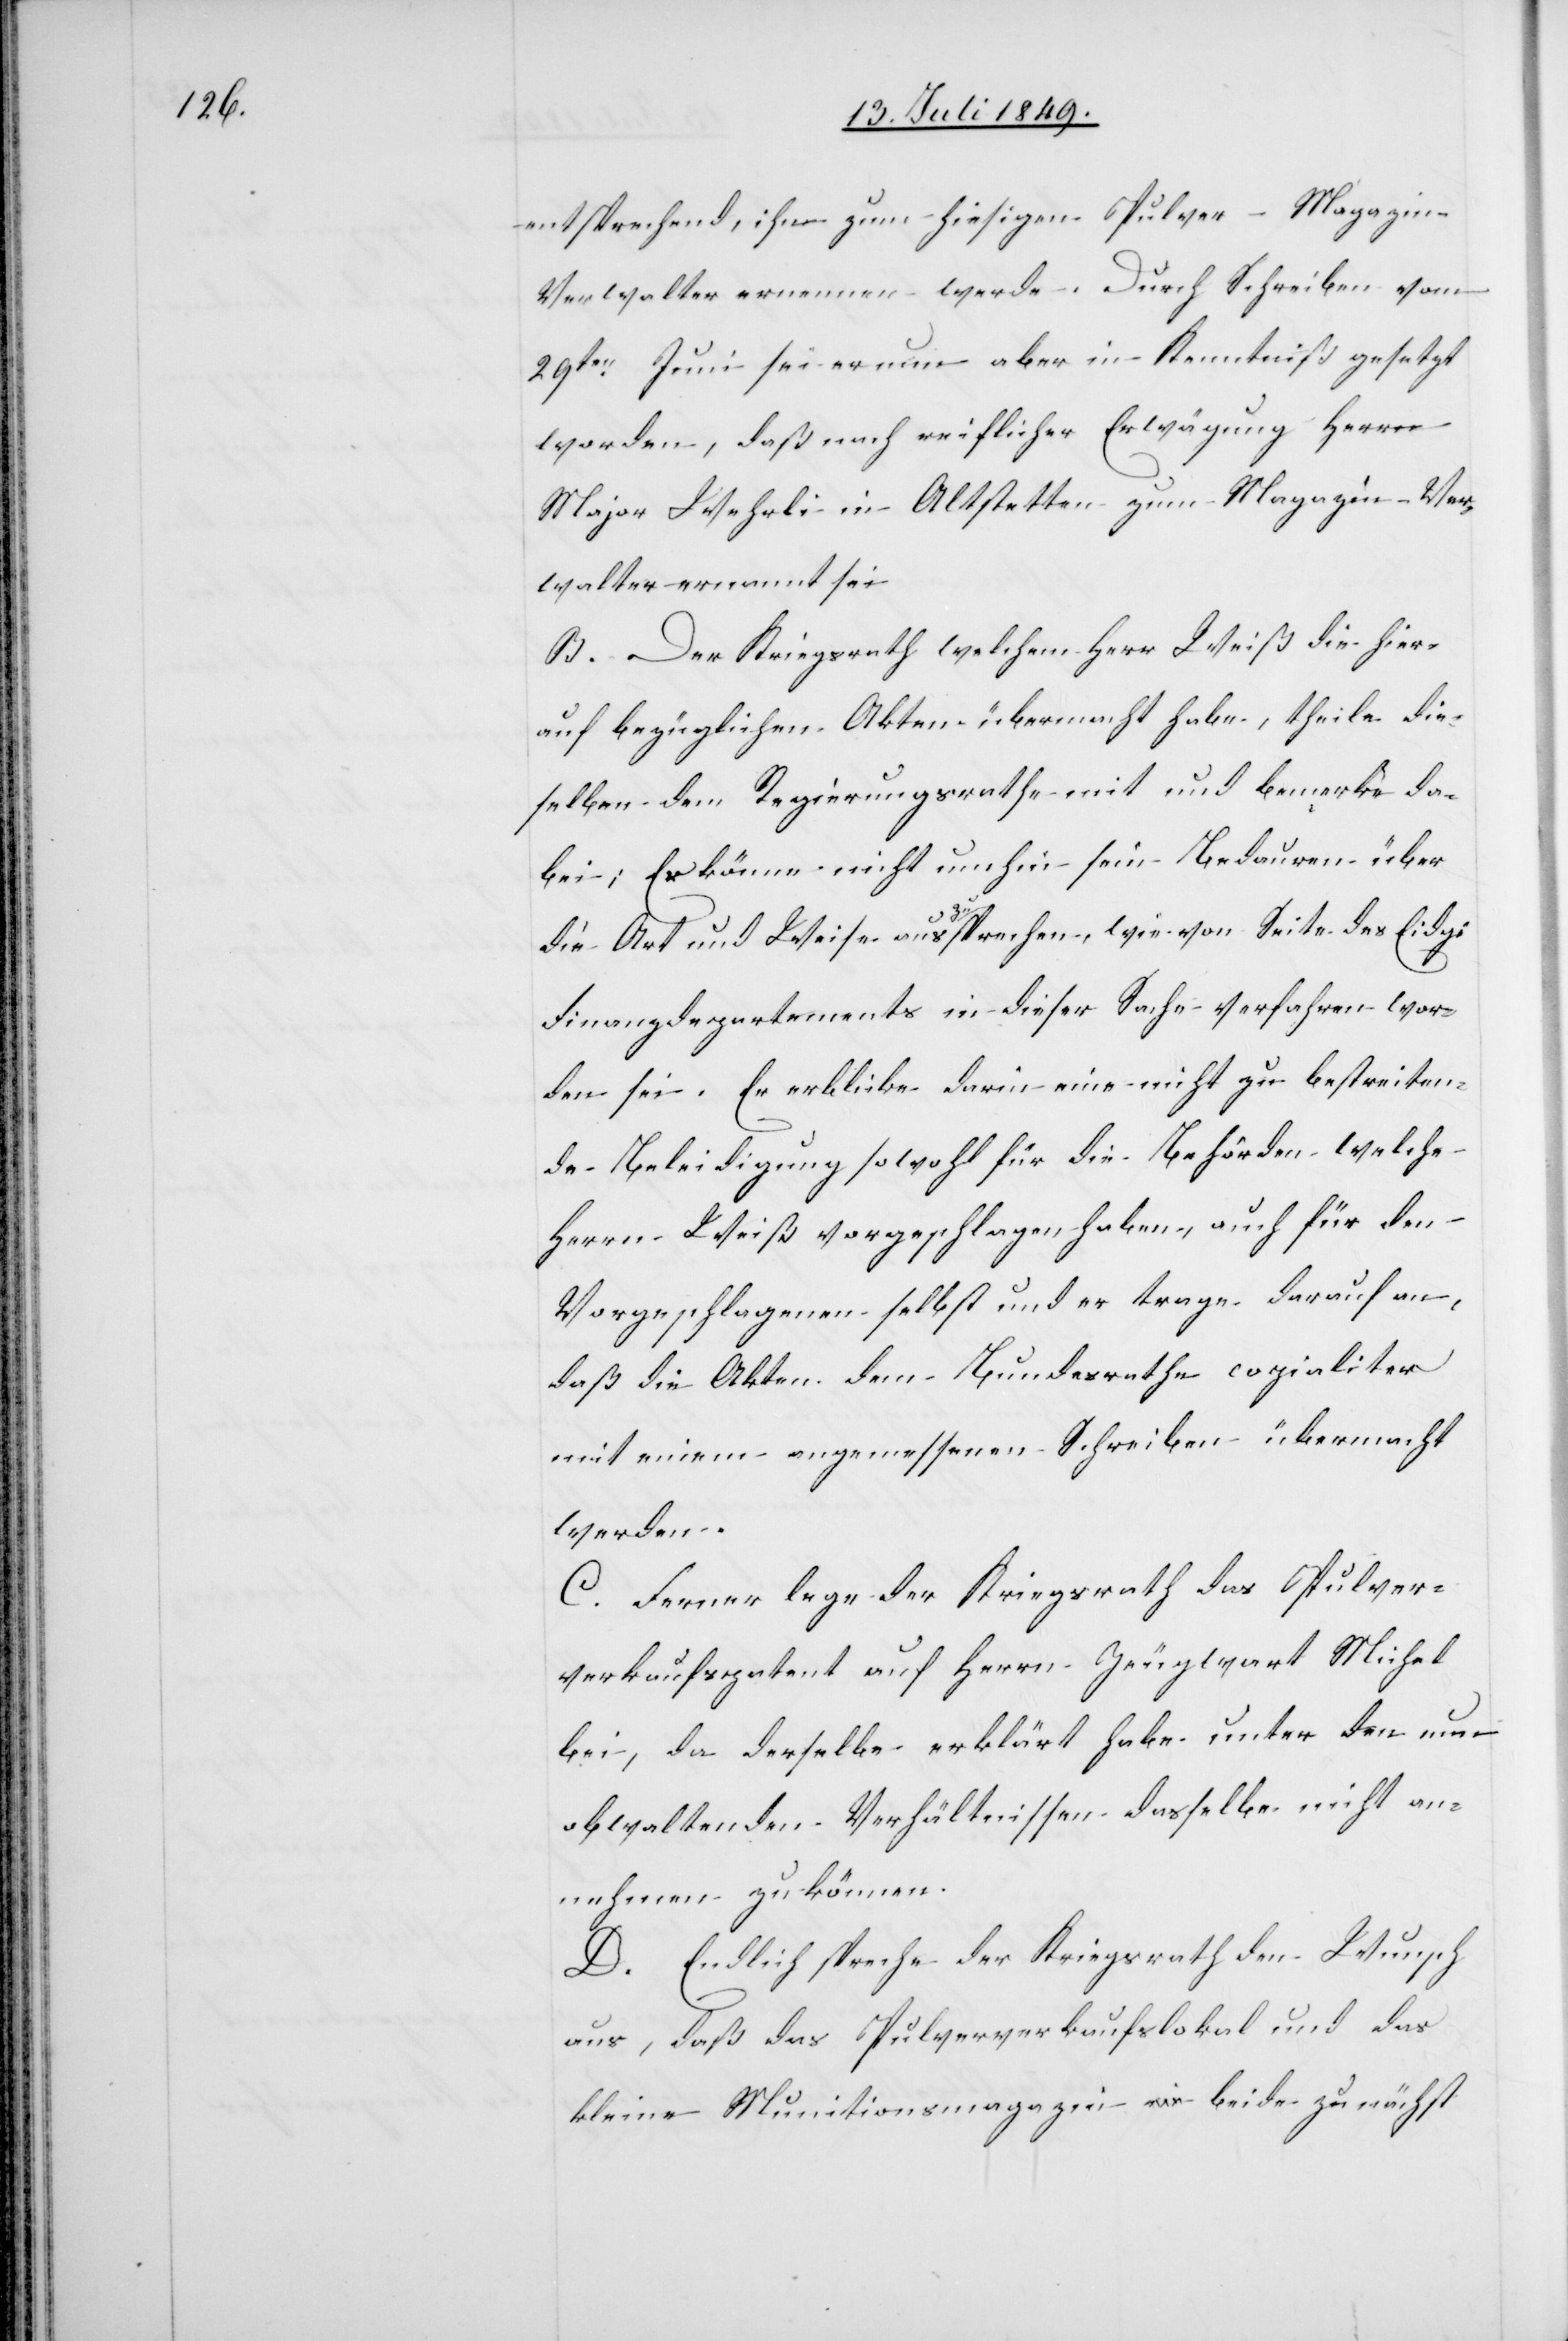
entsprechend, ihn zum hiesigen Pulver-Magazin
Verwalter ernennen werde. Durch Schreiben vom
29ten Juni sei er nun aber in Kenntniß gesetzt
worden, daß nach reiflicher Erwägung Herrn
Major Wehrli in Altstetten zum Magazin Ver¬
walter ernannt sei.
B. Der Kriegsrath welchem Herr Weiß die hier¬
auf bezüglichen Akten übermacht habe, theile die¬
selben dem Regierungsrathe mit und bemerke da¬
bei; Es käme nicht umhin sein Bedauern über
die Art und Weise auszusprechen, wie von Seite des Eidg.
Finanzdepartements in dieser Sache verfahren wor¬
den sei. Er erblicke darin eine nicht zu bestreiten¬
de Beleidigung sowohl für die Behörden welche
Herrn Weiß vorgeschlagen haben, auch für den
Vorgeschlagenen selbst und er trage darauf an,
daß die Akten dem Bundesrathe copialiter
mit einem angemessenen Schreiben übermacht
werden.
C. Ferner lege der Kriegsrath das Pulver¬
verkaufspatent auf Herrn Zeugwart Michel
bei, da derselbe erklärt habe unter den nun
obwaltenden Verhältnisse dasselbe nicht an¬
nehmen zu können.
D. Endlich spreche der Kriegsrath den Wunsch
aus, daß das Pulververkaufslokal und das
kleine Munitionsmagazin beide zunächst